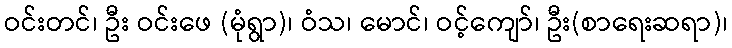
ဝင်းတင်၊ ဦး ဝင်းဖေ (မုံရွာ)၊ ဝံသ၊ မောင်၊ ဝင့်ကျော်၊ ဦး(စာရေးဆရာ)၊